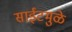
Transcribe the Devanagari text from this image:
साईटमुळे